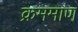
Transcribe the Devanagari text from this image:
क्रममाण